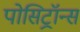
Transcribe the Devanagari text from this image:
पोसिट्रॉन्स